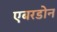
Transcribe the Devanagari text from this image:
एबरडोन